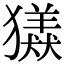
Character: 𤢮